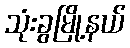
သုံးခွမြို့နယ်